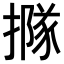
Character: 𢵌